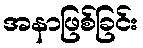
အနာဖြစ်ခြင်း